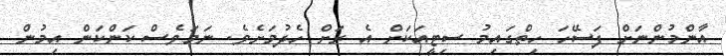
އާންމުންނަށް ފަސޭހަ ހިތްގައިމު ސިޓީއަކަށް އެ ރަށް ހެދުމަށެވެ. ނަމަވެސް ކަންކަން އިމުން